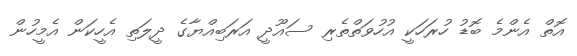
އޮތް އެންމެ ބޮޑު ހުރަހަކީ އުހުވަތްތެރި ސައޫދީ އަރަބިއްޔާގެ ދީލަތި އެހީކަން އެމީހުން